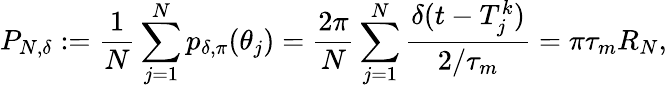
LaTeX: P_{N,\delta}:=\frac 1N\sum_{j=1}^{N}p_{\delta,\pi}(\theta_{j})=\frac{2\pi}N\sum_{j=1}^{N}\frac{\delta(t-T_{j}^{k})}{2/\tau_{m}}=\pi\tau_{m}R_{N},